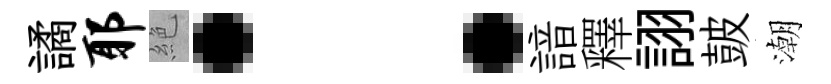
譎耶絶：諳釋詡皷潮